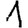
Digit: 1